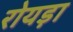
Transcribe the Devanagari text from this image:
रोयड़ा